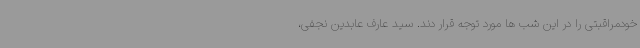
خودمراقبتی را در این شب ها مورد توجه قرار دند. سید عارف عابدین نجفی،